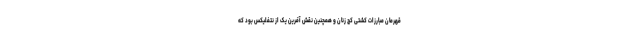
قهرمان مبارزات کشتی کج زنان و همچنین نقش آفرین یک از نتفلیکس بود که